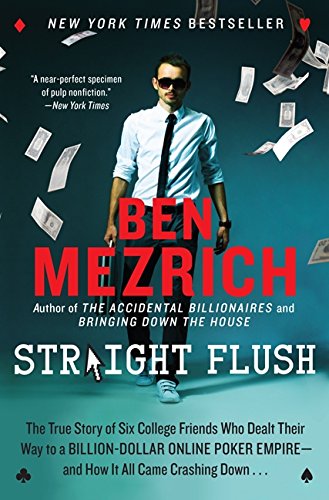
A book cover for Straight Flush: The True Story of Six College Friends Who Dealt Their Way to a Billion-Dollar Online Poker Empire--and How It All Came Crashing Down . . .; Ben Mezrich; Humor & Entertainment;